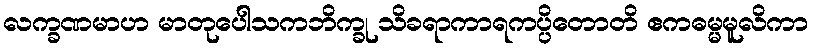
လက္ခဏမာဟ မာတုပေါသကဘိက္ခု သိခရာကာရကပ္ပိတောတိ ဧကဓမ္မမူလိကာ